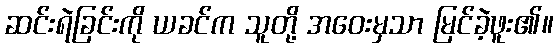
ဆင်းရဲခြင်းကို ယခင်က သူတို့ အဝေးမှသာ မြင်ခဲ့ဖူး၏။